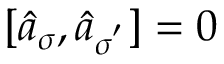
[ \hat { a } _ { \sigma } , \hat { a } _ { \sigma ^ { ' } } ] = 0